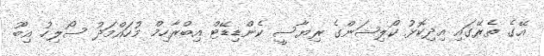
އޭގެ ތެރޭގައި އިދިކޮޅު ކޯލިޝަންގެ ރިޔާސީ ކެންޑިޑޭޓް އިބްރާހިމް މުހައްމަދު ސޯލިހު އިބޫ